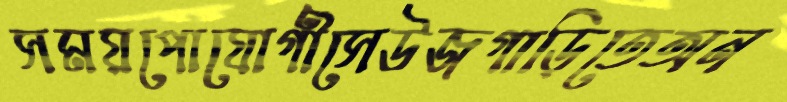
সময়পোযোগীসেউজগাড়িতেঅন